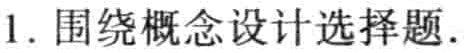
1. 围绕概念设计选择题.